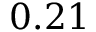
0 . 2 1